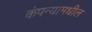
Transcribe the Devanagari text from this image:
कंपन्यामधील